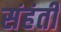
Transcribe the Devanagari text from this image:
संहंती